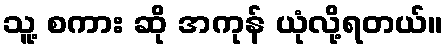
သူ့ စကား ဆို အကုန် ယုံလို့ရတယ်။